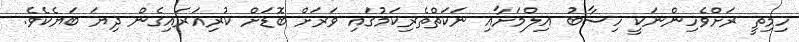
ހިމިތީ ރަށްވެހިންނަކީ ހިސާބު އިލްމަށާއި ނަކަތްތެރިކަމުގައި ވަރަށް ބޮޑަށް ކުރިއަރައިގެން ދިޔަ ބަޔެކެވެ.